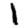
Digit: 1